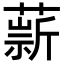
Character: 𦼢